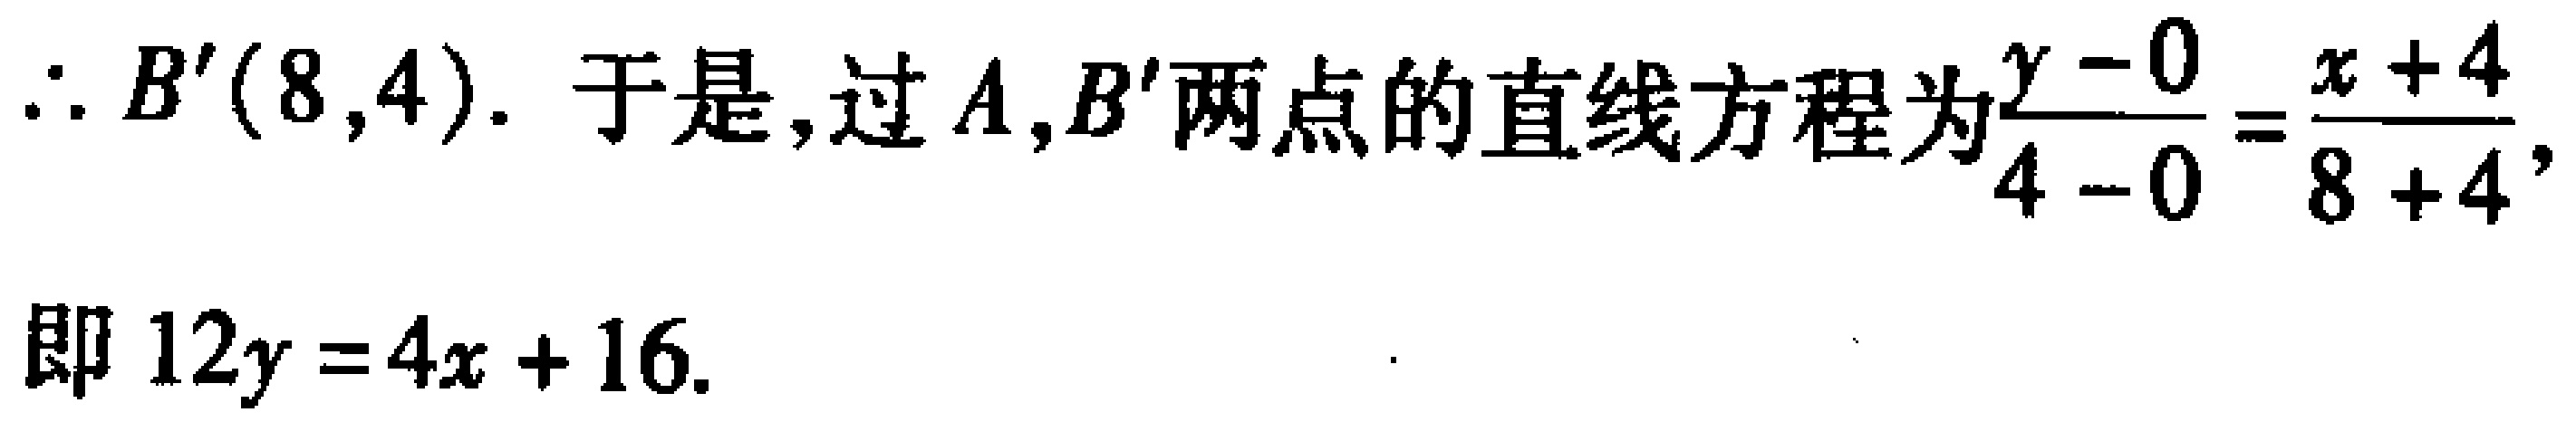
\(\therefore B'(8,4).\) 于是, 过 \(A,B'\) 两点的直线方程为\(\frac{y - 0}{4 - 0}=\frac{x + 4}{8 + 4},\)
即 \(12y = 4x + 16.\)